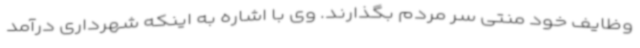
وظایف خود منتی سر مردم بگذارند. وی با اشاره به اینکه شهرداری درآمد